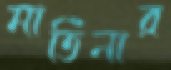
মার্তিনার